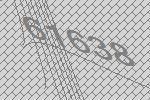
61638